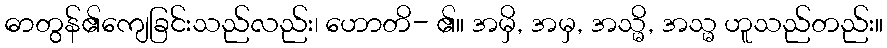
ဓာတွန်၏ကျေခြင်းသည်လည်း၊ ဟောတိ- ၏။ အမှိ, အမှ, အသ္မိ, အသ္မ ဟူသည်တည်း။